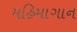
મહિમાગાન